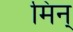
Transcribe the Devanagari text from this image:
मिन्‌